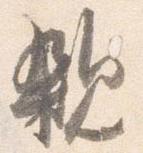
親